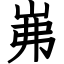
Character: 岪